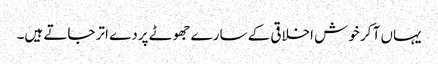
یہاں آ کر خوش اخلاقی کے سارے جھوٹے پردے اتر جاتے ہیں۔